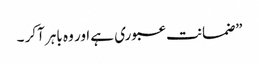
”ضمانت عبوری ہے اور وہ باہر آکر ۔